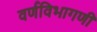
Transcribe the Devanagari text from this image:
वर्णविभागणी